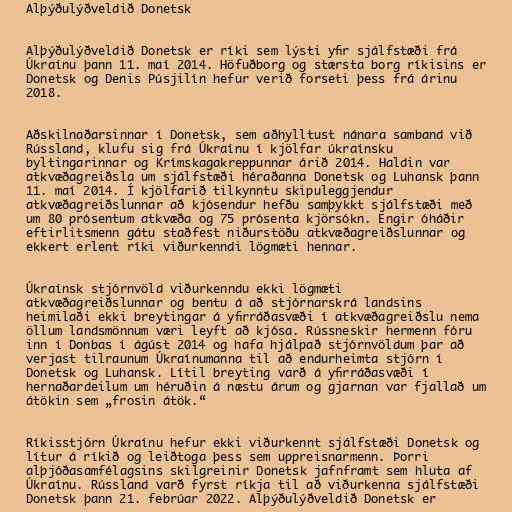
Alþýðulýðveldið Donetsk

Alþýðulýðveldið Donetsk er ríki sem lýsti yfir sjálfstæði frá
Úkraínu þann 11. maí 2014. Höfuðborg og stærsta borg ríkisins er
Donetsk og Denis Púsjilín hefur verið forseti þess frá árinu
2018.

Aðskilnaðarsinnar í Donetsk, sem aðhylltust nánara samband við
Rússland, klufu sig frá Úkraínu í kjölfar úkraínsku
byltingarinnar og Krímskagakreppunnar árið 2014. Haldin var
atkvæðagreiðsla um sjálfstæði héraðanna Donetsk og Luhansk þann
11. maí 2014. Í kjölfarið tilkynntu skipuleggjendur
atkvæðagreiðslunnar að kjósendur hefðu samþykkt sjálfstæði með
um 80 prósentum atkvæða og 75 prósenta kjörsókn. Engir óháðir
eftirlitsmenn gátu staðfest niðurstöðu atkvæðagreiðslunnar og
ekkert erlent ríki viðurkenndi lögmæti hennar.

Úkraínsk stjórnvöld viðurkenndu ekki lögmæti
atkvæðagreiðslunnar og bentu á að stjórnarskrá landsins
heimilaði ekki breytingar á yfirráðasvæði í atkvæðagreiðslu nema
öllum landsmönnum væri leyft að kjósa. Rússneskir hermenn fóru
inn í Donbas í ágúst 2014 og hafa hjálpað stjórnvöldum þar að
verjast tilraunum Úkraínumanna til að endurheimta stjórn í
Donetsk og Luhansk. Lítil breyting varð á yfirráðasvæði í
hernaðardeilum um héruðin á næstu árum og gjarnan var fjallað um
átökin sem „frosin átök.“

Ríkisstjórn Úkraínu hefur ekki viðurkennt sjálfstæði Donetsk og
lítur á ríkið og leiðtoga þess sem uppreisnarmenn. Þorri
alþjóðasamfélagsins skilgreinir Donetsk jafnframt sem hluta af
Úkraínu. Rússland varð fyrst ríkja til að viðurkenna sjálfstæði
Donetsk þann 21. febrúar 2022. Alþýðulýðveldið Donetsk er